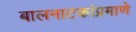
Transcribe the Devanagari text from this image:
बालनाटकांप्रमाणे